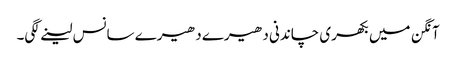
آنگن میں بکھری چاندنی دھیرے دھیرے سانس لینے لگی۔